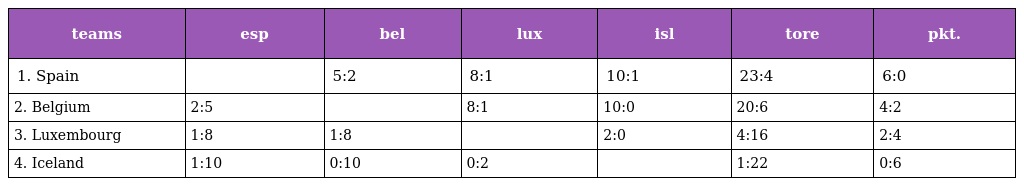
| teams | esp | bel | lux | isl | tore | pkt. |
 | --- | --- | --- | --- | --- | --- | --- |
 | 1. Spain |  | 5:2 | 8:1 | 10:1 | 23:4 | 6:0 |
 | 2. Belgium | 2:5 |  | 8:1 | 10:0 | 20:6 | 4:2 |
 | 3. Luxembourg | 1:8 | 1:8 |  | 2:0 | 4:16 | 2:4 |
 | 4. Iceland | 1:10 | 0:10 | 0:2 |  | 1:22 | 0:6 |